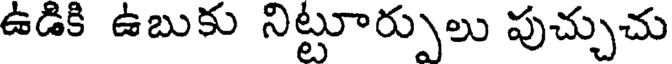
ఉడికి ఉబుకు నిట్టూర్పులు పుచ్చుచు